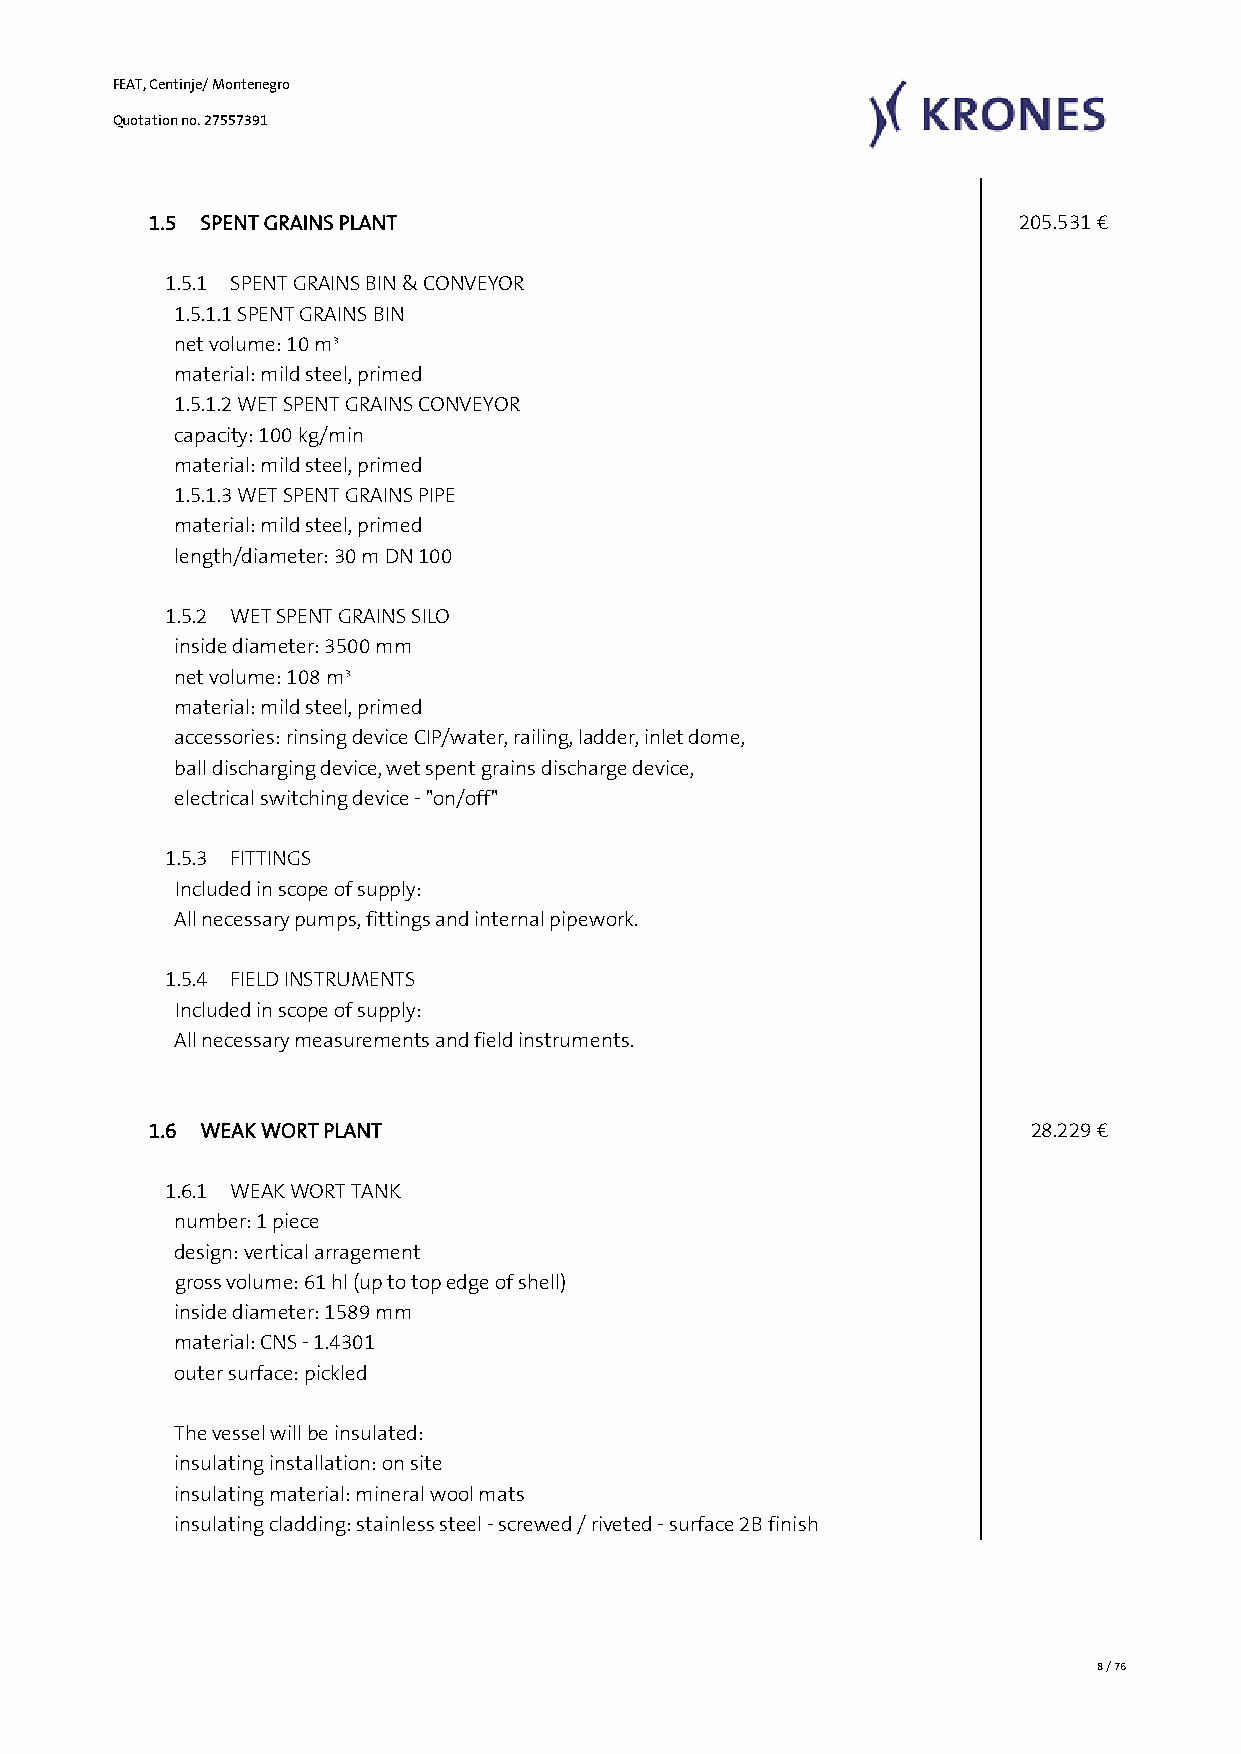
FEAT, Centinje/ Montenegro
 Quotation no. 27557391
 1.5 SPENT GRAINS PLANT                                    205.531 €
 1.5.1 SPENT GRAINS BIN & CONVEYOR
 1.5.1.1 SPENT GRAINS BIN
 net volume: 10 m³
 material: mild steel, primed
 1.5.1.2 WET SPENT GRAINS CONVEYOR
 capacity: 100 kg/min
 material: mild steel, primed
 1.5.1.3 WET SPENT GRAINS PIPE
 material: mild steel, primed
 length/diameter: 30 m DN 100
 1.5.2 WET SPENT GRAINS SILO
 inside diameter: 3500 mm
 net volume: 108 m³
 material: mild steel, primed
 accessories: rinsing device CIP/water, railing, ladder, inlet dome,
 ball discharging device, wet spent grains discharge device,
 electrical switching device - "on/off"
 1.5.3 FITTINGS
 Included in scope of supply:
 All necessary pumps, fittings and internal pipework.
 1.5.4 FIELD INSTRUMENTS
 Included in scope of supply:
 All necessary measurements and field instruments.
 1.6 WEAK WORT PLANT                                        28.229 €
 1.6.1 WEAK WORT TANK
 number: 1 piece
 design: vertical arragement
 gross volume: 61 hl (up to top edge of shell)
 inside diameter: 1589 mm
 material: CNS - 1.4301
 outer surface: pickled
 The vessel will be insulated:
 insulating installation: on site
 insulating material: mineral wool mats
 insulating cladding: stainless steel - screwed / riveted - surface 2B finish
 8 / 76